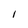
Character: 1